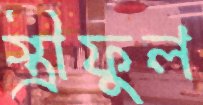
স্ত্রীফুল